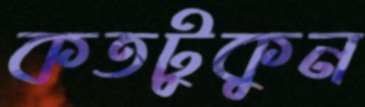
কতটুকুন